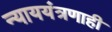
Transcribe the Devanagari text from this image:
न्याययंत्रणाही